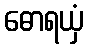
ဓောရယှံ